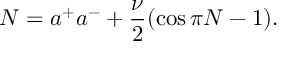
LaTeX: N = a ^ { + } a ^ { - } + \frac { \nu } { 2 } ( \cos \pi N - 1 ) .